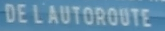
DE L'AUTOROUTE